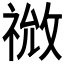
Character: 𫀙